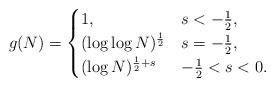
LaTeX: \begin{align*}g(N) = \begin{cases}1, & s < -\frac 12, \\(\log\log N)^\frac{1}{2} & s= -\frac 12, \\(\log N)^{ \frac 12 + s} & -\frac 12 < s < 0.\end{cases}\end{align*}